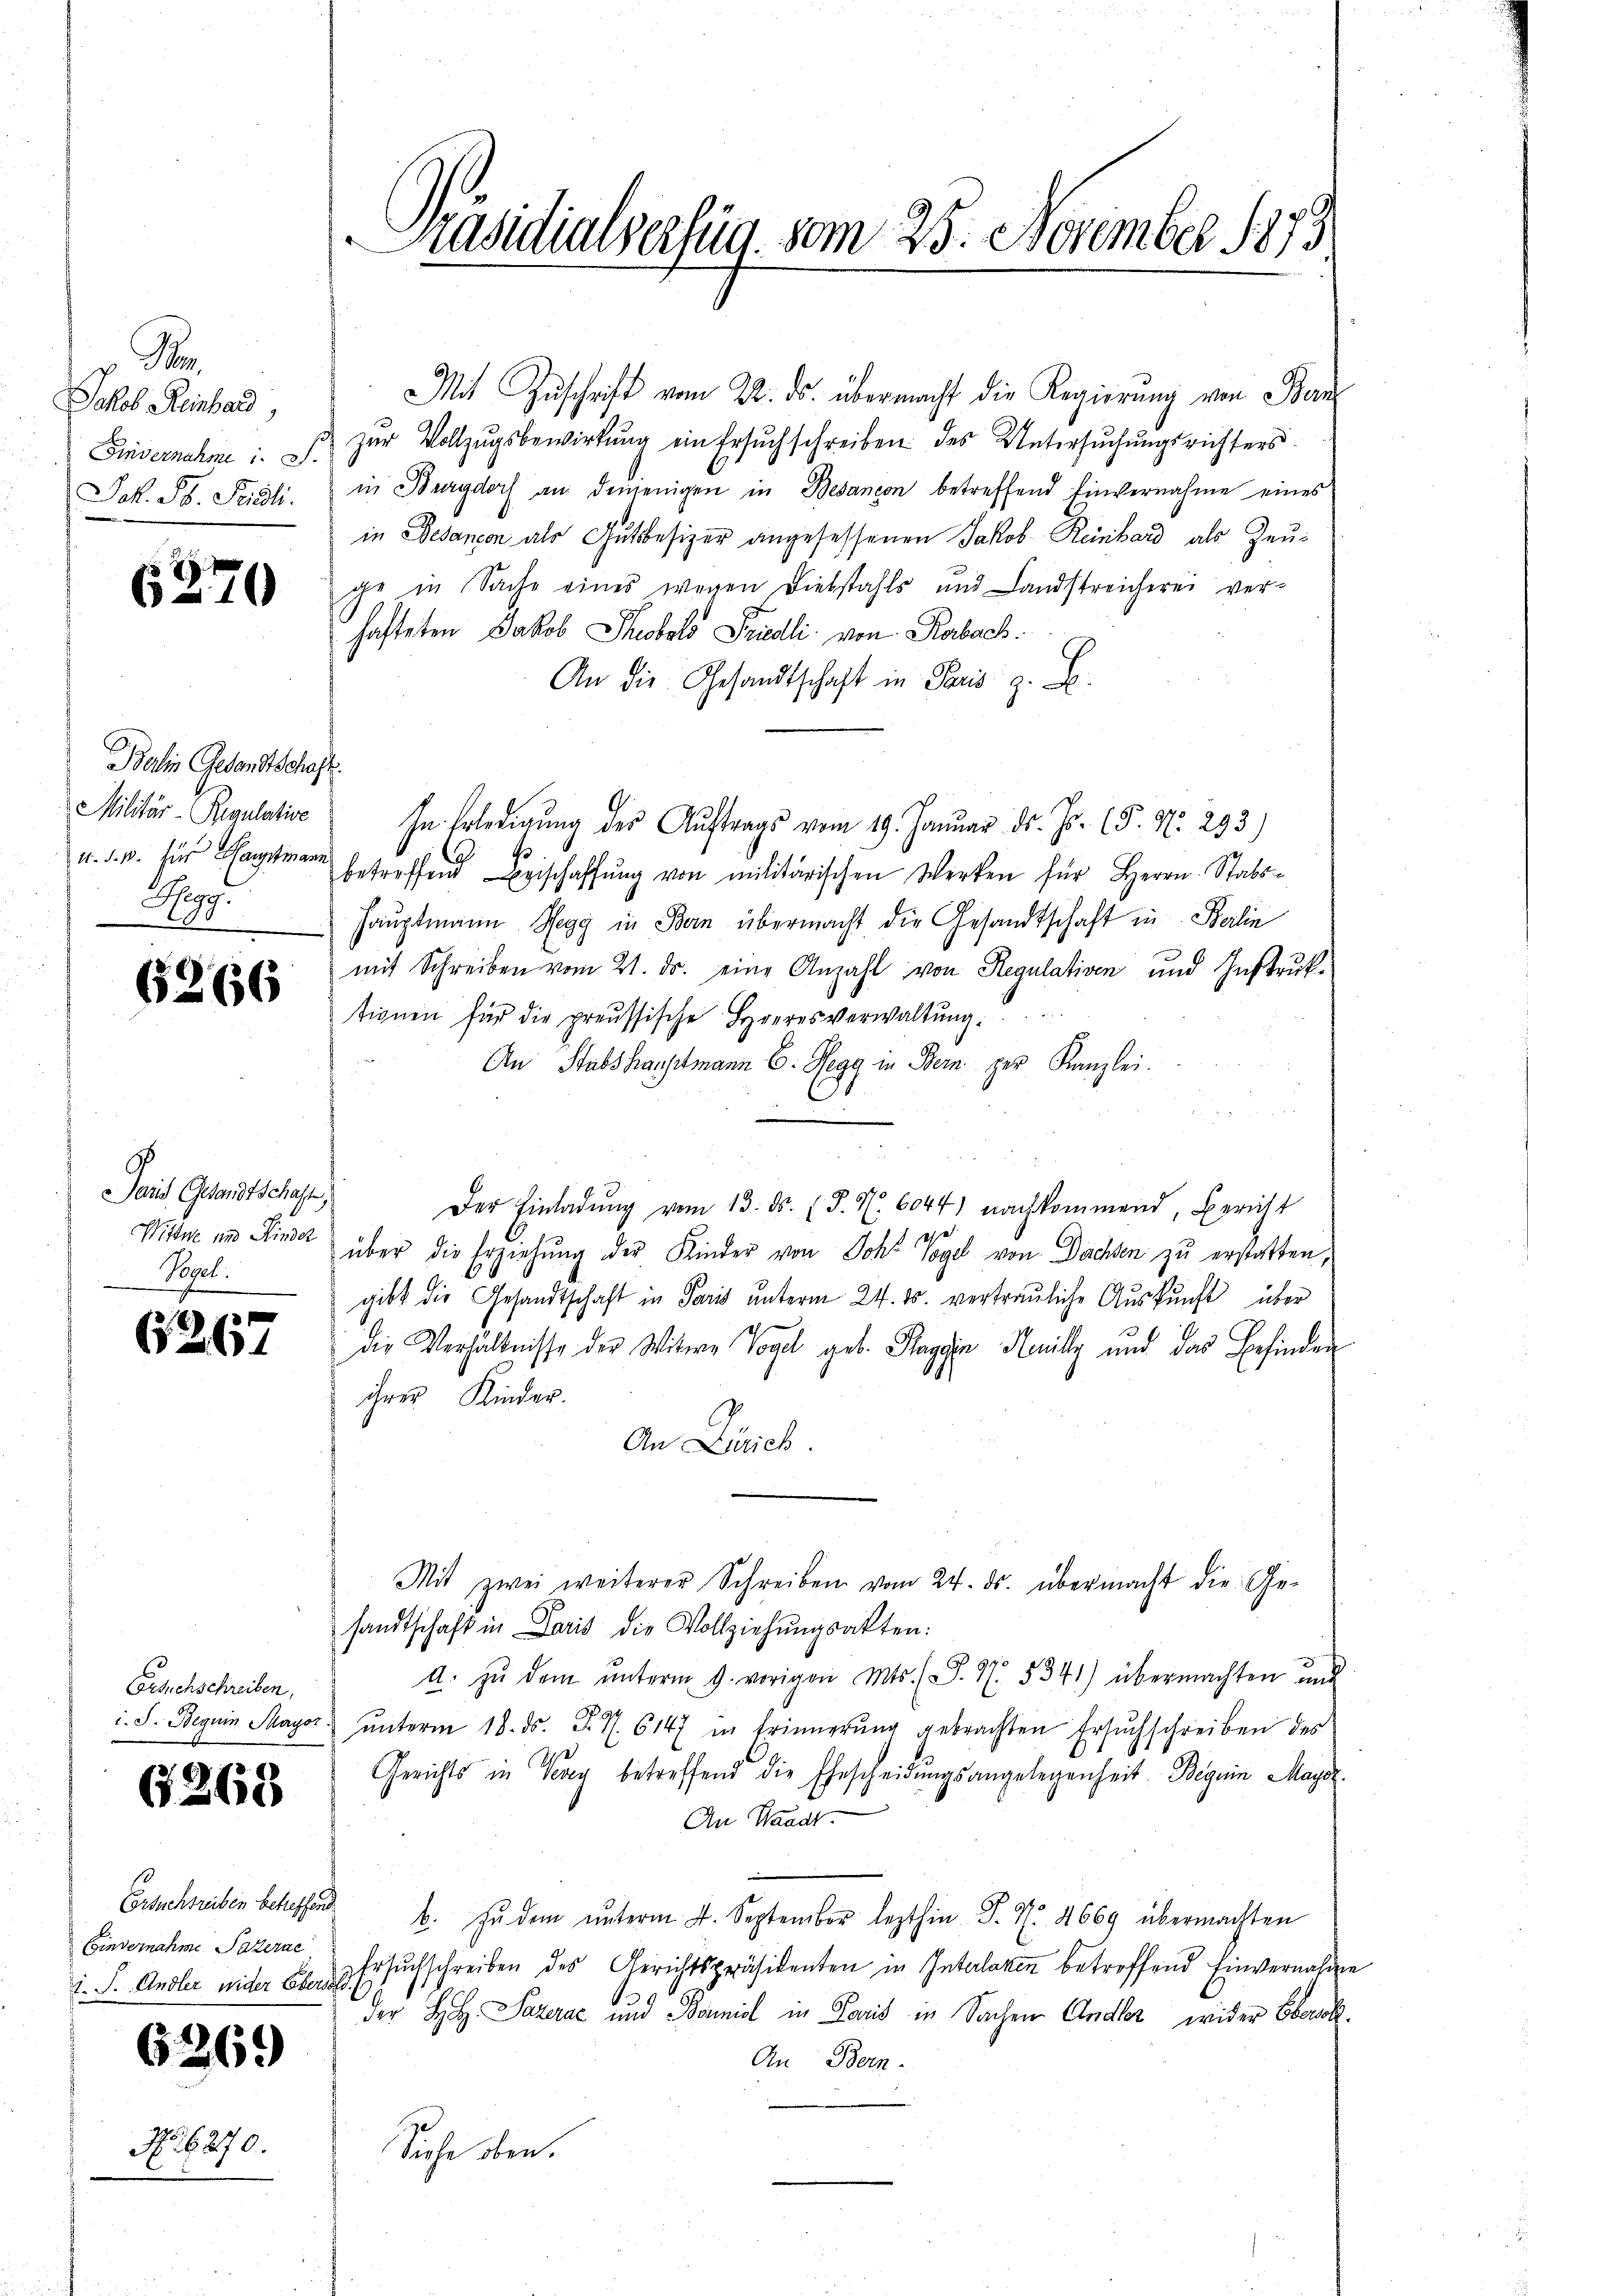
v. Ra
Jakob Reinhard,
Finvernahme i. S.
Jok. Jb. Seidli

6270

Balin Gesandtschaft.
Militär-Regulative
Begg.

6266

aid Gesandtschaft
Wittwe und Kinder
Vogel.

G267

Erschschreiben,
i. J. Beguin Mayor

Ersuchsreiben betreffen.
Ginvernahme. Paterne
1. J. Andler wider Ebersor

G268

6269

No. 6270.

Präsidialserzug vom 25. November 1873.

Mit Zŭschrift vom 22. ds. übermacht die Regierung von Ban
zŭr Vollzŭgsbewirkung ein Ersuchschreiben des Untersŭchŭngsrichters
in Burgdorf an denjenigen in Besandon betreffend Einvernahme eines
in Gedancon als Gutsbesizer angesessenen Jakob Reinbard als Zeuge in Sache eines wegen Diebstahls und Landstreicherei ver-
hafteten Jakob Sobald Friedli von Rorbach.
An die Gesandtschaft in Paris z. B.
In Erledigŭng des Aŭftrags vom 19. Januar d. Js. (T. N. 293)
u. d. M. für Hartmann betreffend Logischaffŭng von militärischen Werken für Herrn Stabs-
Hauptmann Regg in Bern übermacht die Gesandtschaft in Berlin
mit Schreiben vom 21. ds. eine Anzahl von Regulativen und Instruktionen für die preussische Heeresverwaltŭng.
An Stabshauptmann C. Regg in Bern per Kanzlei.
1
Der Einladŭng vom 13. ds. (T. S. 6044) nachkommend, Bericht
ehe
über die Erziehŭng der Kinder von Joh. Vogel von Dachsen zu erstatten,
gibt die Gesandtschaft in Paris unterm 24. 15. vertrauliche Auskunft über
die Verhältnisse der Witwe Vogel geb. Maggin Heilz und das Befinden
ihrer Kinder.
An Zürich.
Mit zwei weiterer Schreiben vom 24. ds. übermacht die Ge-
sandtschaft in Paris die Vollziehŭngsakten:
A. zŭ dem ŭnterm 9. vorigen Mts. (S. 4. 5341) übermachten und
ŭnterm 18. ds. S. 7. 6147 in Erinnerŭng gebrachten Ersuchschreiben des
Gerichts in Verey betreffend die Ehescheidungsangelegenheit Beguin Maysz.
An Waadt.
ub. Zŭdem ŭnterm 4. September lezthin P. Nr. 4669 übermachten
Ersuchschreiben des Gerichtspräsidenten in Interlaken betreffend Einvernahme
der H Pazerae und Baniel in Louis in Sachen Andler wider Bauk
An Bern.
Siche oben.